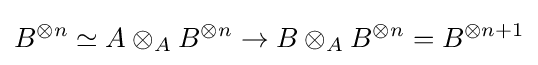
B^{\otimes n}\simeq A\otimes _{A}B^{\otimes n}\to B\otimes _{A}B^{\otimes n}=B^{\otimes {n+1}}